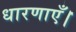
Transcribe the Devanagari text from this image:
धारणाएँ।